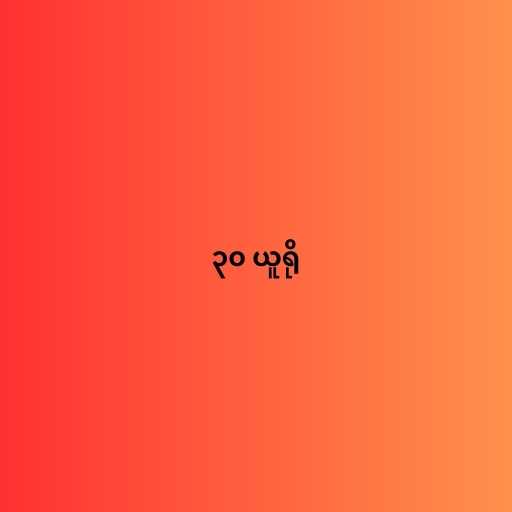
၃၀ ယူရို